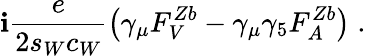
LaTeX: \mathbf{i}\frac{{e}}{{2s_{W}c_{W}}}\left(\gamma_{\mu}F_{V}^{Zb}-\gamma_{\mu}\gamma_{5}F_{A}^{Zb}\right)\; .